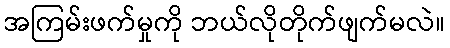
အကြမ်းဖက်မှုကို ဘယ်လိုတိုက်ဖျက်မလဲ။